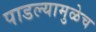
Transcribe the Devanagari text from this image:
पाडल्यामुळेच